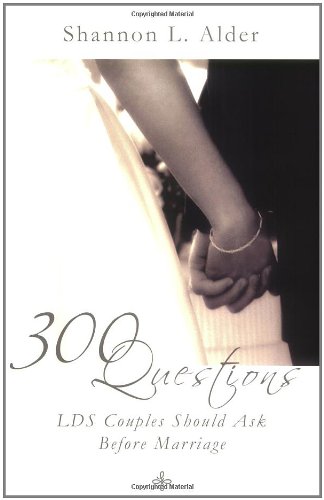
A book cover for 300 Questions LDS Couples Should Ask Before Marriage; Shannon L. Alder; Christian Books & Bibles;